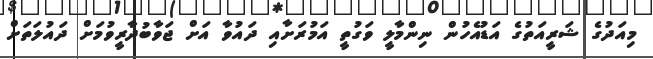
މިއަދުގެ ޝަރީއަތުގެ އަޑުއެހުން ނިންމާލީ ވަގުތީ އަމުރަށާއި ދައުވާ އަށް ޖަވާބުދާރީވުމަށް ދައުލަތަށް